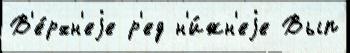
В'е́рхн'еjе р'ед н'и́жн'еjе Вып